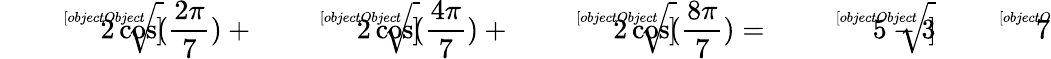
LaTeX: {\sqrt[[objectObject]]{2\cos({\frac{2\pi}{7}})}}+{\sqrt[[objectObject]]{2\cos({\frac{4\pi}{7}})}}+{\sqrt[[objectObject]]{2\cos({\frac{8\pi}{7}})}}={\sqrt[[objectObject]]{5-3{\sqrt[[objectObject]]{7}}}}